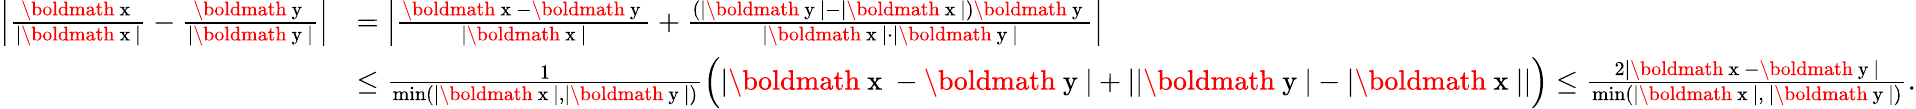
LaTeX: \begin{array}{r}{\begin{array}{rl}{\Big|\frac{\mathrm{\boldmath~x~}}{|\mathrm{\boldmath~x~}|}-\frac{\mathrm{\boldmath~y~}}{|\mathrm{\boldmath~y~}|}\Big|}&{=\Big|\frac{\mathrm{\boldmath~x~}-\mathrm{\boldmath~y~}}{|\mathrm{\boldmath~x~}|}+\frac{(|\mathrm{\boldmath~y~}|-|\mathrm{\boldmath~x~}|)\mathrm{\boldmath~y~}}{|\mathrm{\boldmath~x~}|\cdot|\mathrm{\boldmath~y~}|}\Big|}\\ &{\leq\frac{1}{\mathrm{min}(|\mathrm{\boldmath~x~}|,|\mathrm{\boldmath~y~}|)}\Big(|\mathrm{\boldmath~x~}-\mathrm{\boldmath~y~}|+||\mathrm{\boldmath~y~}|-|\mathrm{\boldmath~x~}||\Big)\leq\frac{2|\mathrm{\boldmath~x~}-\mathrm{\boldmath~y~}|}{\mathrm{min}(|\mathrm{\boldmath~x~}|,~|\mathrm{\boldmath~y~}|)}.}\end{array}}\end{array}